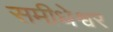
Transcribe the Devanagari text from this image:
समीधेश्वर